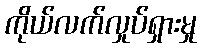
ကိုယ်လက်လှုပ်ရှားမှု